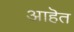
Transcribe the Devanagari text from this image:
आहॆत